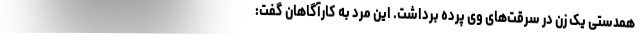
همدستی یک زن در سرقت‌های وی پرده برداشت. این مرد به کارآگاهان گفت: